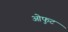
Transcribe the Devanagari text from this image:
ओफुट